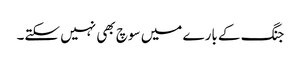
جنگ کے بارے میں سوچ بھی نہیں سکتے۔